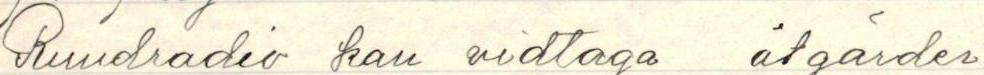
Rundradio kan vidtaga åtgärder